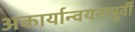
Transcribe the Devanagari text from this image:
अकार्यान्वयनापूर्वी